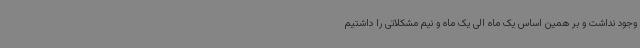
وجود نداشت و بر همین اساس یک ماه الی یک ماه و نیم مشکلاتی را داشتیم